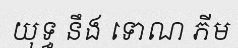
យុទ្ធ នឹង ទោណ ភីម